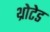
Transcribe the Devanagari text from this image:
थ्रोटेड